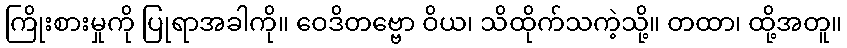
ကြိုးစားမှုကို ပြုရာအခါကို။ ဝေဒိတဗ္ဗော ဝိယ၊ သိထိုက်သကဲ့သို့။ တထာ၊ ထို့အတူ။